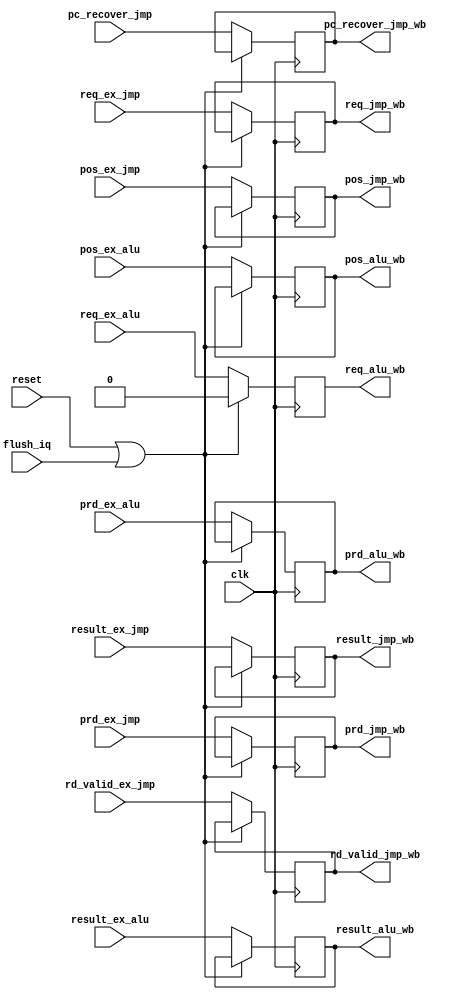
module stage_wb (
    input clk,
    input reset,
    input flush_iq,

    //alu
    input req_ex_alu,
    input [31:0] result_ex_alu,
    input [5:0] pos_ex_alu,
    input [5:0] prd_ex_alu,
    output reg req_alu_wb,
    output reg [31:0] result_alu_wb,
    output reg [5:0] pos_alu_wb,
    output reg [5:0] prd_alu_wb,

    //jmp
    input req_ex_jmp,
    input rd_valid_ex_jmp,
    input [31:0] result_ex_jmp,
    input pc_recover_jmp,
    //input [31:0] new_pc_jmp,
    input [5:0] pos_ex_jmp,
    input [5:0] prd_ex_jmp,
    output reg req_jmp_wb,
    output reg rd_valid_jmp_wb,
    output reg [31:0] result_jmp_wb,
    output reg pc_recover_jmp_wb,
    //output reg [31:0] new_pc_jmp_wb,
    output reg [5:0] pos_jmp_wb,
    output reg [5:0] prd_jmp_wb


);

always @(posedge clk) begin
    if (reset | flush_iq) begin
        req_alu_wb <= 1'b0;
    end else begin
        //alu
        req_alu_wb <= req_ex_alu;
        result_alu_wb <= result_ex_alu;
        pos_alu_wb <= pos_ex_alu;
        prd_alu_wb <= prd_ex_alu;
        //jmp
        req_jmp_wb <= req_ex_jmp;
        rd_valid_jmp_wb <= rd_valid_ex_jmp;
        result_jmp_wb <= result_ex_jmp;
        pc_recover_jmp_wb <= pc_recover_jmp;
        //new_pc_jmp_wb <= new_pc_jmp;
        pos_jmp_wb <= pos_ex_jmp;
        prd_jmp_wb <= prd_ex_jmp;
    end
end
    
endmodule